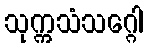
သုက္ကသံသဂ္ဂေါ